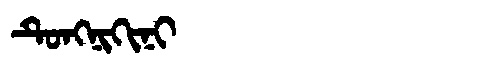
Manchu: ᡨᡠᠩᠨᡳᡴᡳᠨᡳ
Romanization: TUNGNIKINI